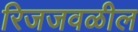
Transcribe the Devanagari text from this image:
रिजजवळील